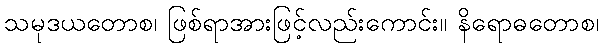
သမုဒယတောစ၊ ဖြစ်ရာအားဖြင့်လည်းကောင်း။ နိရောဓတောစ၊